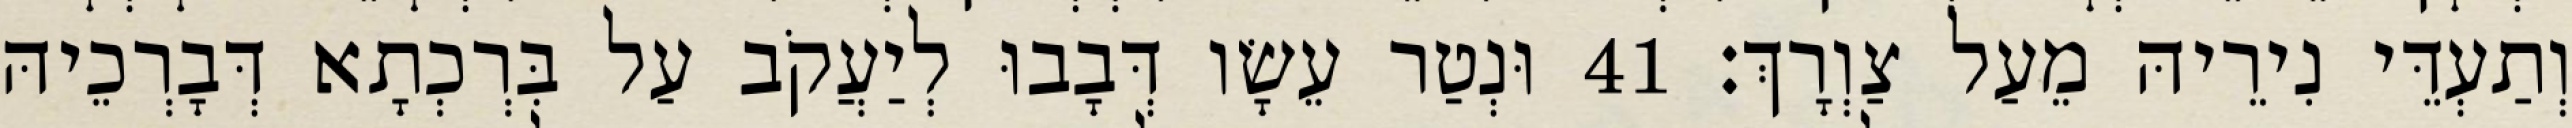
וְתַעְדֵּי נִירֵיהּ מֵעַל צַוְרָךְ׃ 41 וּנְטַר עֵשָׂו דְּבָבוּ לְיַעֲקֹב עַל בִּרְכְתָא דְּבָרְכֵיהּ